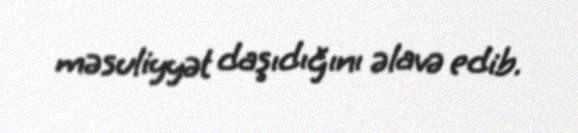
məsuliyyət daşıdığını əlavə edib.